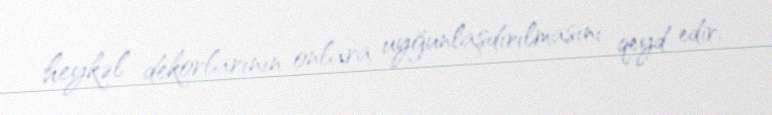
heykəl dekorlarının onlara uyğunlaşdırılmasını qeyd edir.